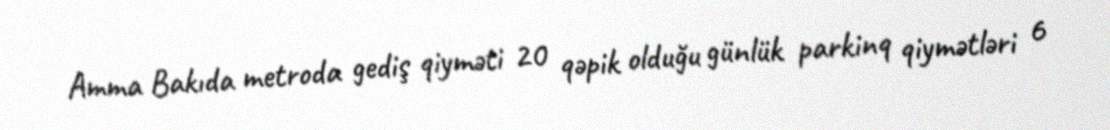
Amma Bakıda metroda gediş qiyməti 20 qəpik olduğu günlük parkinq qiymətləri 6